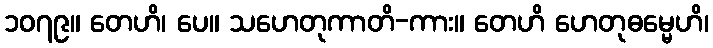
၁၀၇၉။ တေဟိ၊ ပေ။ သဟေတုကာတိ-ကား။ တေဟိ ဟေတုဓမ္မေဟိ၊